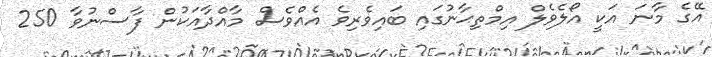
އޭގެ މާނަ އަކީ އޯލެވެލް އިމްތިޙާނުގައި ބައިވެރިވެ އެއްވެސް މާއްދާއަކުން ފާސްނުވާ 250